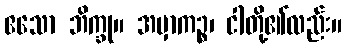
ဧသော ဘိက္ခု။ အမှာကဉ္စ၊ ငါတို့၏လည်း။